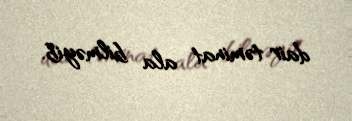
dair təminat ala bilməyib.